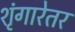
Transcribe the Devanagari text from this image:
शृंगारेतर